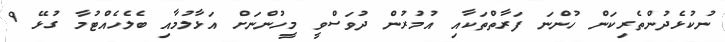
ނުކުޅެދުންތެރިކަން ހުންނަ ފަރާތްތަކާއި އުމުރުން ދުވަސްވީ މީހުންނަށް އަޅާލުމާއި ބެލެހެއްޓުމާ ގުޅޭ 9